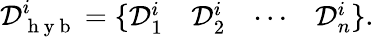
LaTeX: \mathcal{D}_{\mathrm{~h~y~b~}}^{i}=\{ \begin{array}{cccc}{\mathcal{D}_{1}^{i}}&{\mathcal{D}_{2}^{i}}&{\cdots}&{\mathcal{D}_{n}^{i}}\end{array}\} .